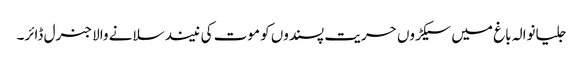
جلیانوالہ باغ میں سیکڑوں حریت پسندوں کو موت کی نیند سلانے والا جنرل ڈائر۔